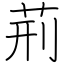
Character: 荊